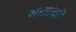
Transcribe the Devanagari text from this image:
सातांची